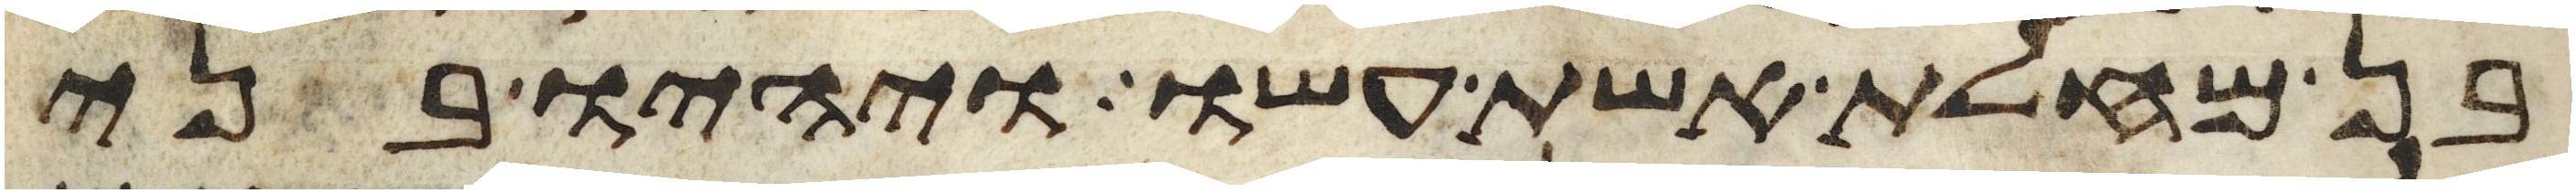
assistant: בן מחלת אשת עשו ויהיו בני